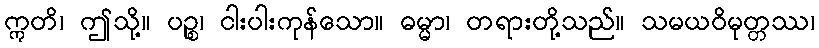
ဣတိ၊ ဤသို့။ ပဉ္စ၊ ငါးပါးကုန်သော။ ဓမ္မာ၊ တရားတို့သည်။ သမယဝိမုတ္တဿ၊